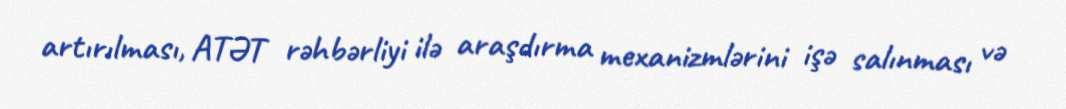
artırılması, ATƏT rəhbərliyi ilə araşdırma mexanizmlərini işə salınması və